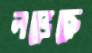
লভেছে